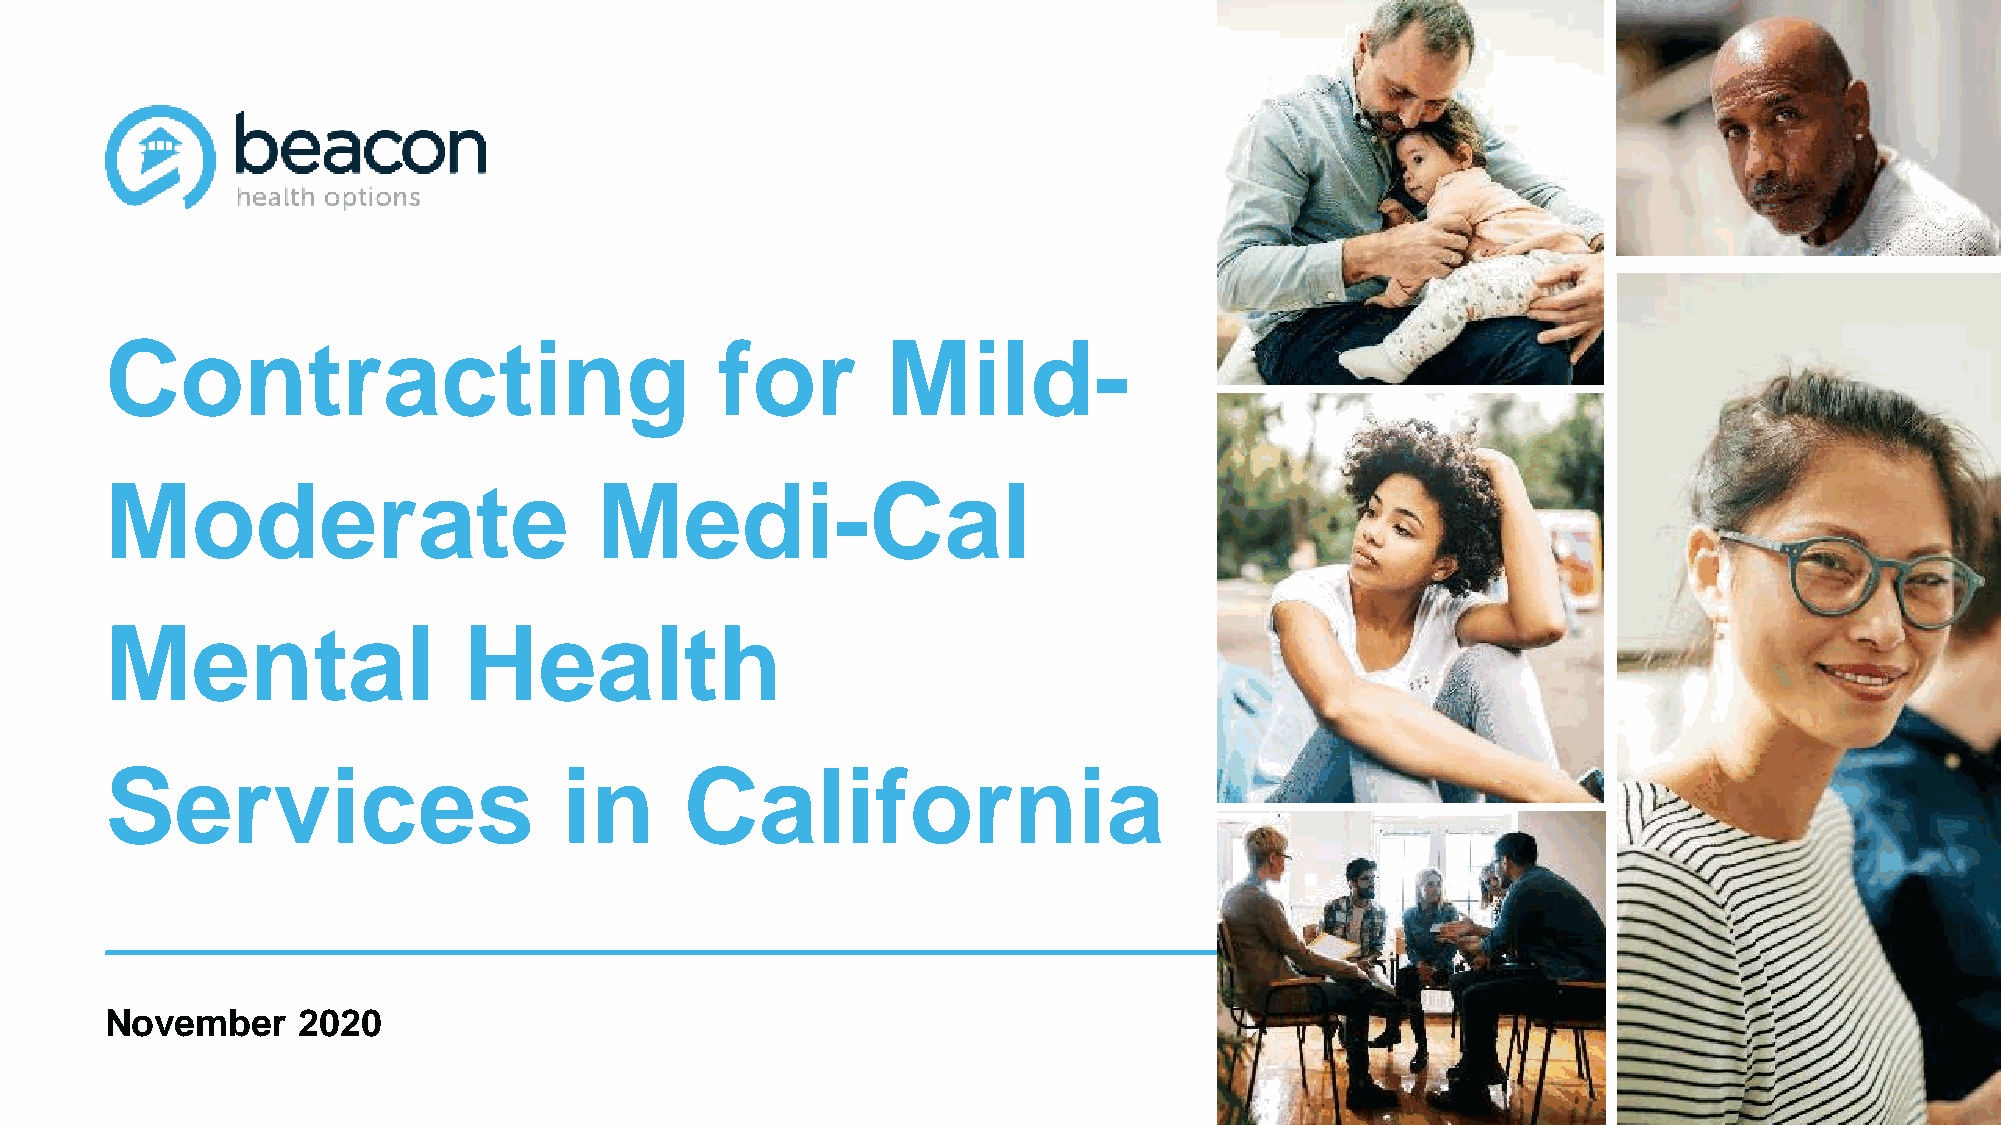
Contracting                              for        Mild-
 Moderate                        Medi-Cal
 Mental                  Health
 Services                      in      California
 November     2020                                                                                                     1111